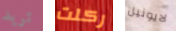
تريد ركلت لايونيل